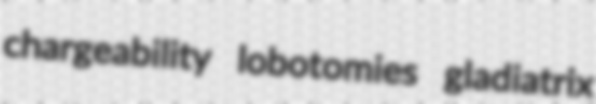
chargeability lobotomies gladiatrix